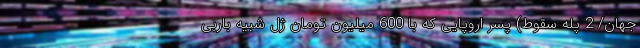
جهان/ 2 پله سقوط) پسر اروپایی که با 600 میلیون تومان ژل شبیه باربی